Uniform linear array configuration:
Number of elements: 16
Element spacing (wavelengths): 0.5
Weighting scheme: blackman
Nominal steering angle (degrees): -15
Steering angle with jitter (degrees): -13.337
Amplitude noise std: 0.05
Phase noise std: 0.05

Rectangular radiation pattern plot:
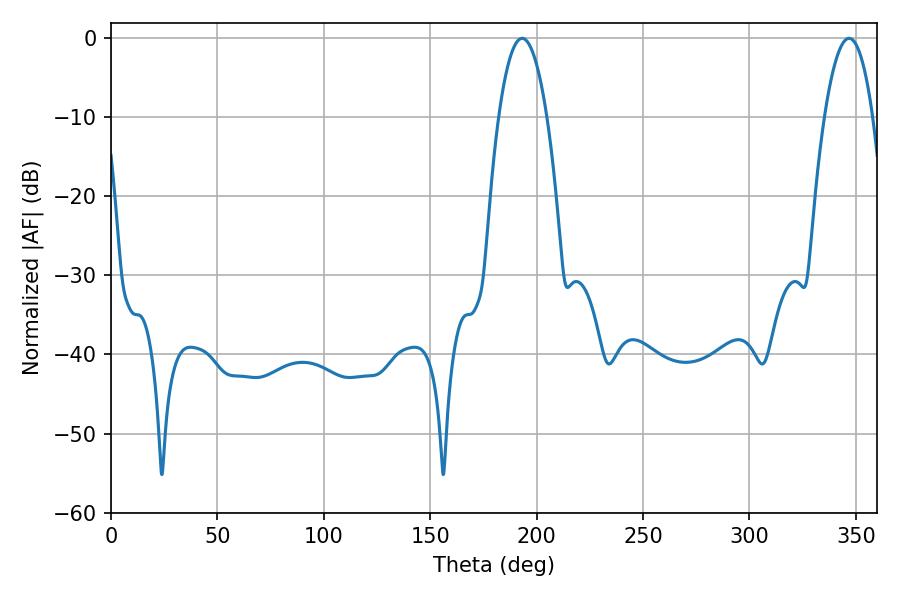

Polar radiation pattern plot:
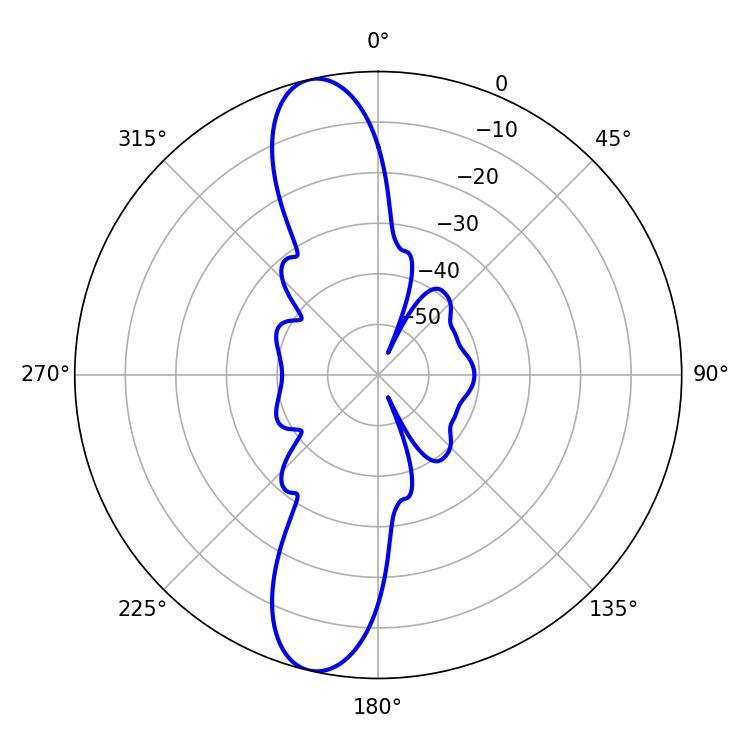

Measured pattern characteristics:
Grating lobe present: FALSE
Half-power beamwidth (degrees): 12.6
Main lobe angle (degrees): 193.14